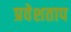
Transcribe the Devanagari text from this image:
प्रवेशताप